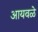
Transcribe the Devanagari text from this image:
आयवळे